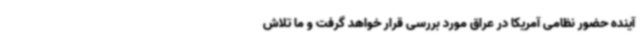
آینده حضور نظامی آمریکا در عراق مورد بررسی قرار خواهد گرفت و ما تلاش